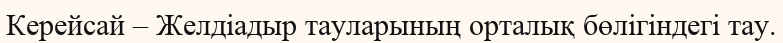
Керейсай – Желдіадыр тауларының орталық бөлігіндегі тау.